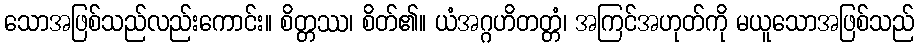
သောအဖြစ်သည်လည်းကောင်း။ စိတ္တဿ၊ စိတ်၏။ ယံအဂ္ဂဟိတတ္တံ၊ အကြင်အဟုတ်ကို မယူသောအဖြစ်သည်